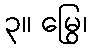
၃။ မြွေ၊